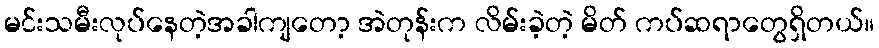
မင်းသမီးလုပ်နေတဲ့အခါကျတော့ အဲတုန်းက လိမ်းခဲ့တဲ့ မိတ် ကပ်ဆရာတွေရှိတယ်။